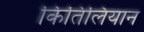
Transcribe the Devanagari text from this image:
किंतिलियान